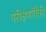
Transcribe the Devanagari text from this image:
परीक्षणांपैकी